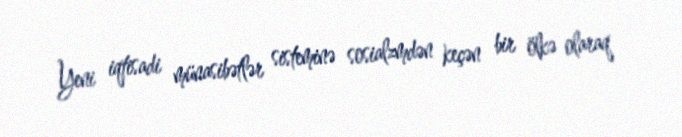
Yeni iqtisadi münasibətlər sisteminə sosialzmdən keçən bir ölkə olaraq